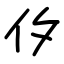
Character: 㐴